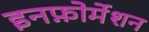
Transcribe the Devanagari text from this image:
इनफ़ोर्मेशन